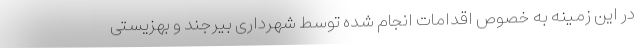
در این زمینه به خصوص اقدامات انجام شده توسط شهرداری بیرجند و بهزیستی